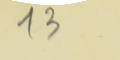
13